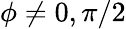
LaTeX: \phi\neq 0,\pi/2